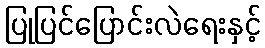
ပြုပြင်ပြောင်းလဲရေးနှင့်